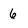
Character: 6